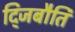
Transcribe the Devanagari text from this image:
द्जिबौति